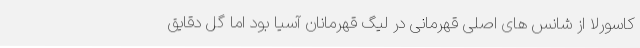
کاسورلا از شانس های اصلی قهرمانی در لیگ قهرمانان آسیا بود اما گل دقایق